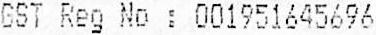
GST REG NO : 001951645696